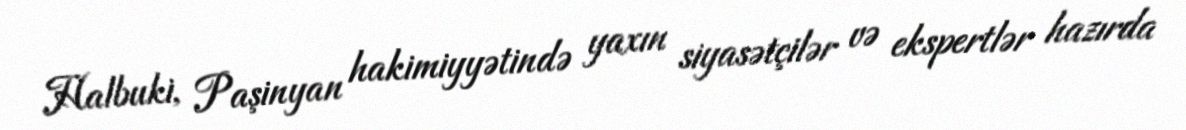
Halbuki, Paşinyan hakimiyyətində yaxın siyasətçilər və ekspertlər hazırda